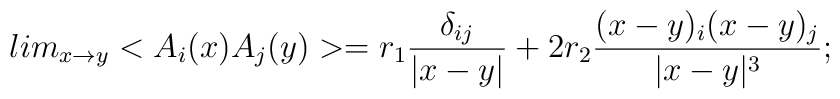
lim_{x\rightarrow y}<A_i(x)A_j(y)>=r_1\frac{\delta_{ij}}{|x-y|}+2r_2\frac{(x-y)_i(x-y)_j}{|x-y|^3};